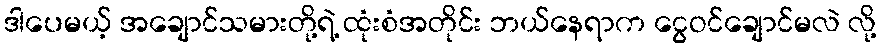
ဒါပေမယ့် အချောင်သမားတို့ရဲ့ ထုံးစံအတိုင်း ဘယ်နေရာက ငွေဝင်ချောင်မလဲ လို့